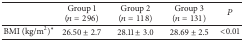
|  | Group 1(n = 296) | Group 2(n = 118) | Group 3(n = 131) | P |
 | --- | --- | --- | --- | --- |
 | BMI (kg/m2)* | 26.50 ± 2.7 | 28.11 ± 3.0 | 28.69 ± 2.5 | <0.01 |